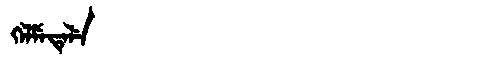
Manchu: ᡴᡝᠯᠮᡝᡨᡝᠯᡝ
Romanization: KELMETELE